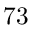
7 3